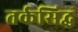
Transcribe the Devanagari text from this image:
तर्कसिद्ध